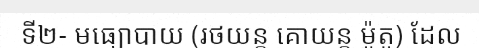
ទី២- មធ្យោបាយ (រថយន្ត គោយន្ត ម៉ូតូ) ដែល